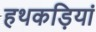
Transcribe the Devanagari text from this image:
हथकड़ियां